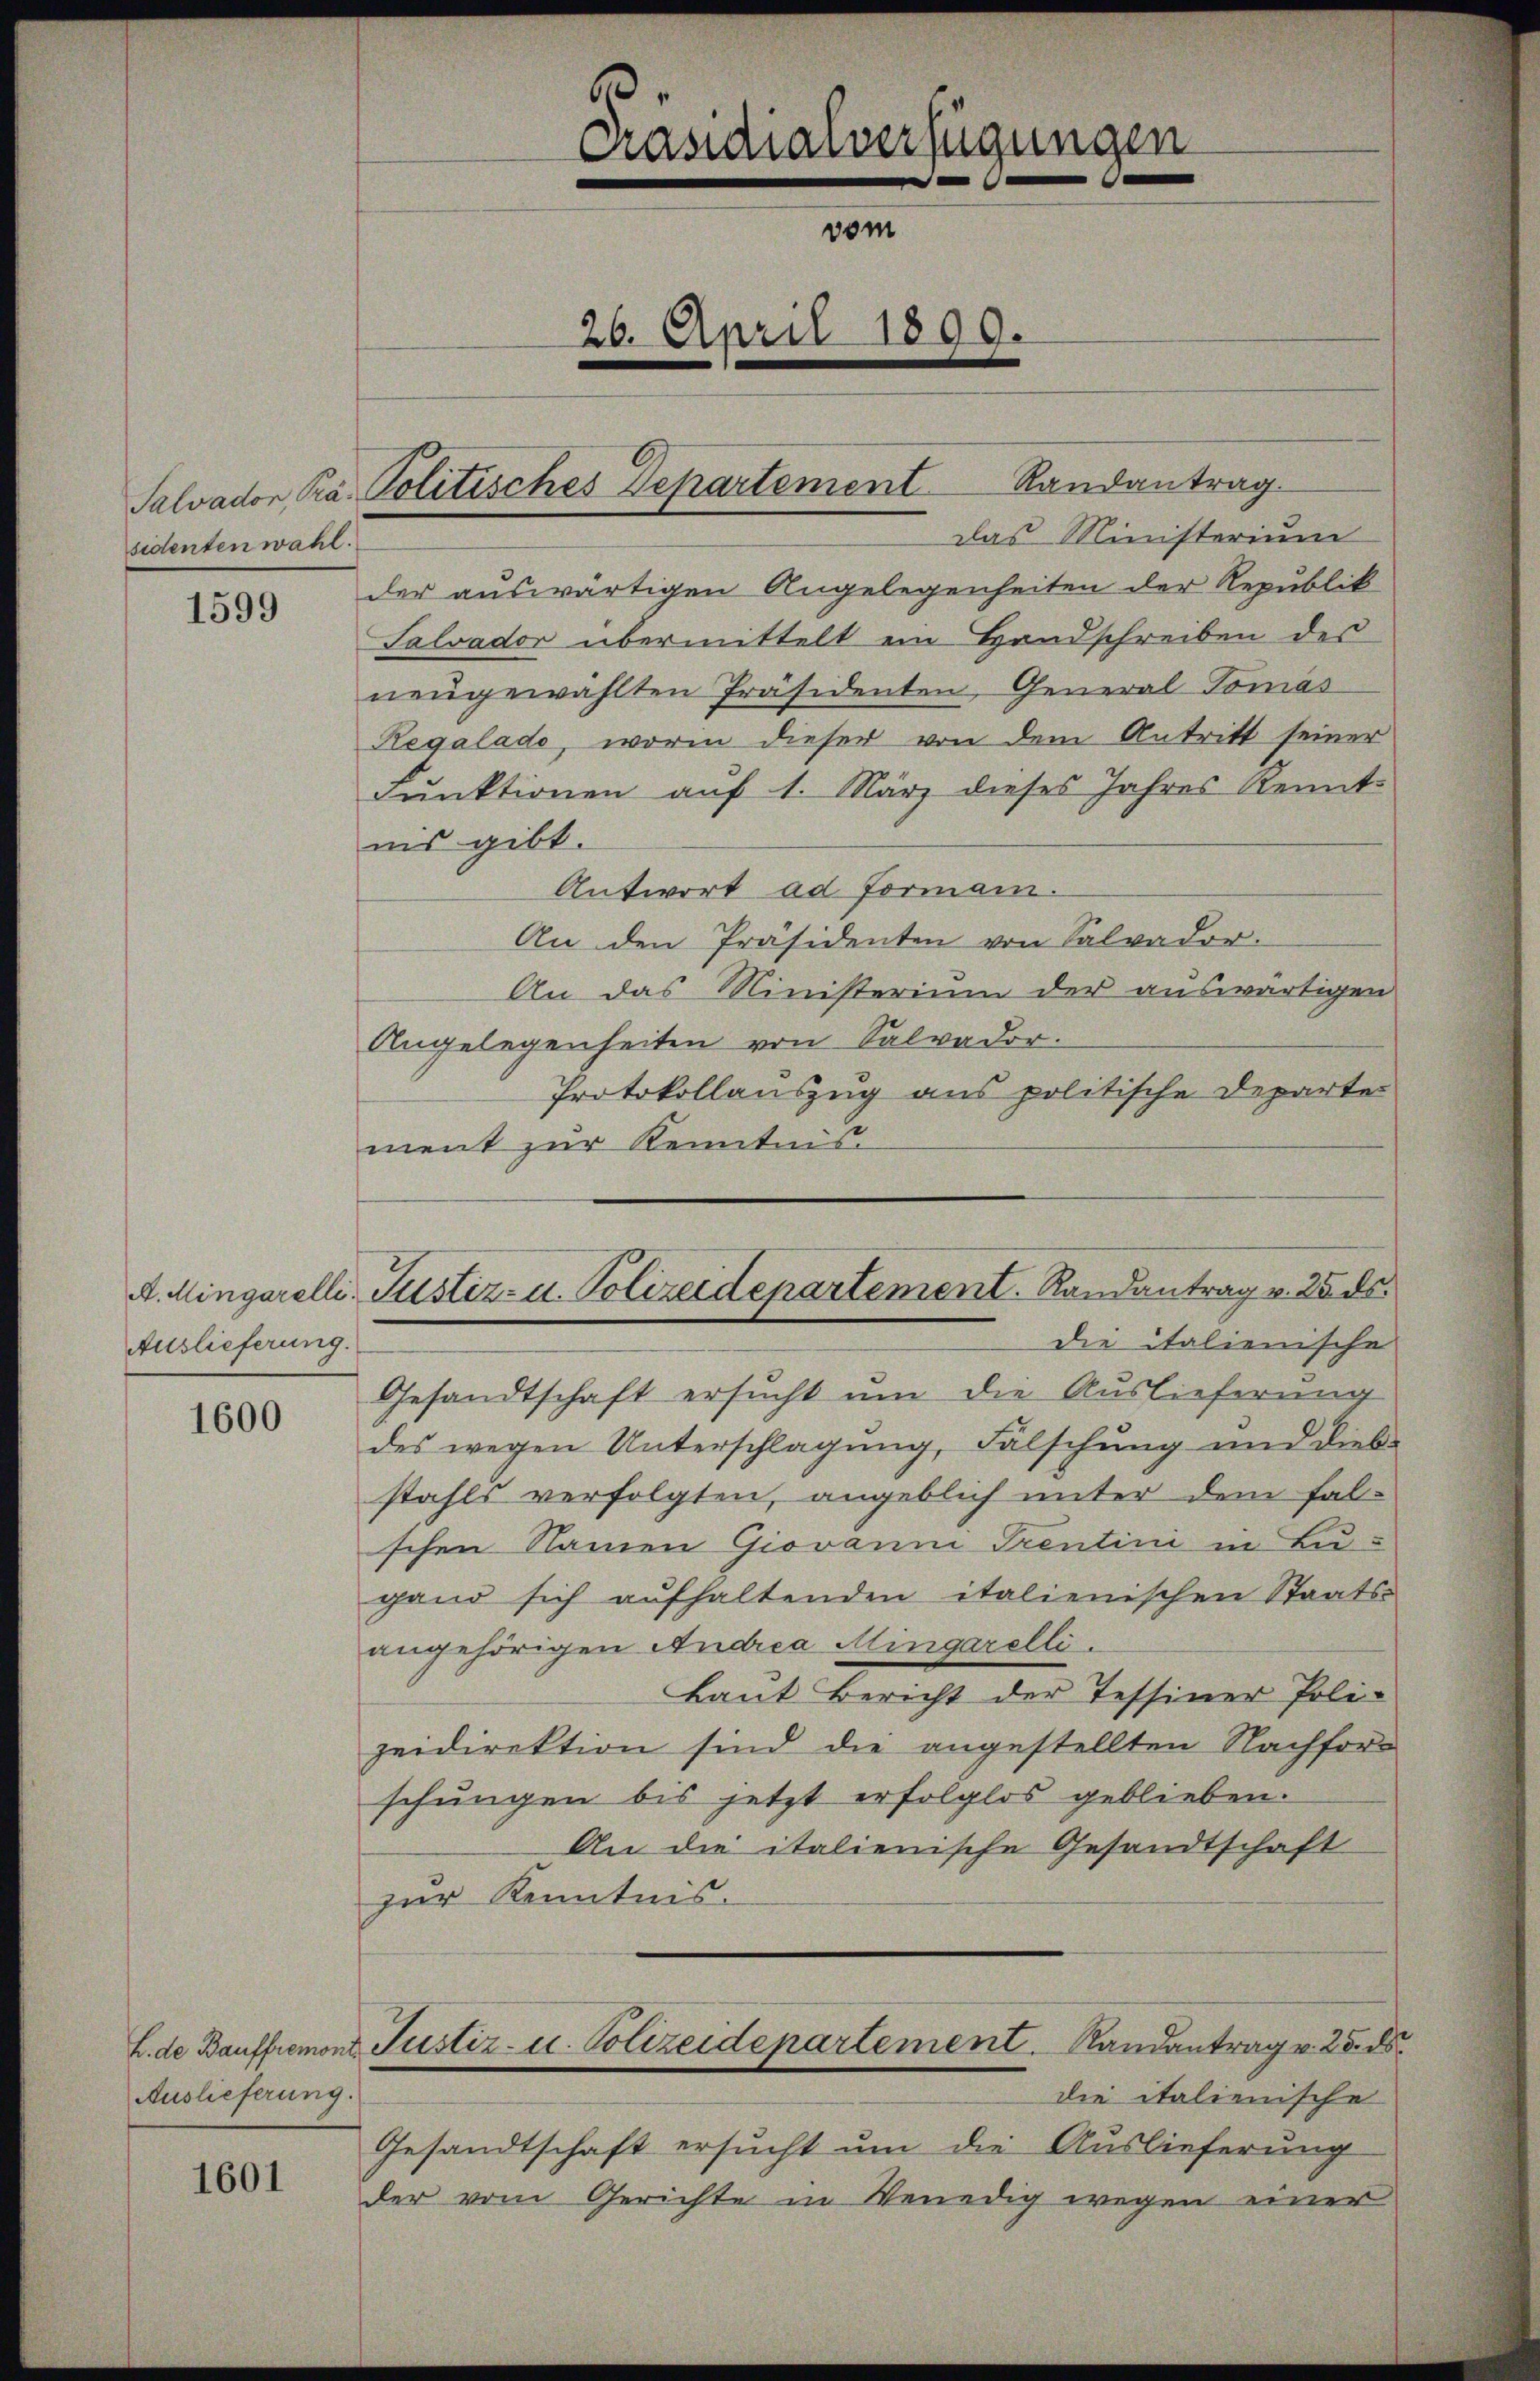
sidenten wahl.

1599

Auslieferung.

1600

L. de Bauffremont.
Auslieferung.

1601

2
Präsidialverfügungen
vom
20. April 1899.

Salvador Pra. Politisches Departement Randantrag.

das Ministerium
der auswärtigen Angelegenheiten der Republik
Salvador übermittelt ein Handschreiben des
neŭgewählten Präsidenten, General Tomas
Regalado, worin dieser von dem Antritt seiner
Funktionen auf 1. März dieses Jahres Kennt
nis gibt.
Antwort ad Forman.
An den Präsidenten von Salvador.
An das Ministerium der auswärtigen
Angelegenheiten von Salvador.
Protokollauszug aus politische Departe
ment zur Kenntnis.
Gesandtschaft ersucht um die Auslieferung
des wegen Unterschlagung, Fälschung und diesstahls verfolgten, angeblich unter dem falschen Namen Giovanni Prentini in Bu-
gand sich aufhaltenden italienischen Staats-
angehörigen Andrea Mingarelli.
Laut Bericht der Tessiner Poli-
zeidirektion sind die angestellten Nachforschungen bis jetzt erfolglos geblieben.
An die italienische Gesandtschaft
zur Kenntnis.
Justiz- u. Polizeidepartement. Randantrag v. 25. ds.
die italienische
Gesandtschaft ersucht um die Auslieferung
der vom Gerichte in Venedig wegen einer

A. Mingarelli Justiz- u. Polizeidepartement. Randantrag v. 25. ds.
die italienische